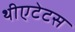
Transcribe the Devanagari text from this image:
थीएटेटस